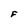
Character: F